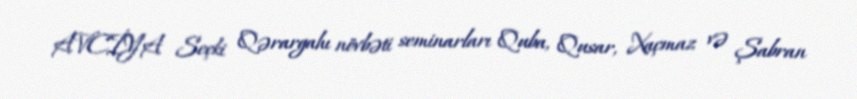
AVCİYA Seçki Qərargahı növbəti seminarları Quba, Qusar, Xaçmaz və Şabran